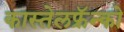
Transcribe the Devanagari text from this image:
कास्तेलफ्रॅन्को